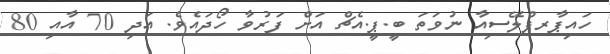
ހައިޕާރޕްލޭސިއާ ނުވަތަ ބީ.ޕީ.އެޗް އަށް ފަރުވާ ހޯދައެވެ. އަދި 70 އާއި 80